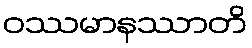
ဝဿမာနဿာတိ